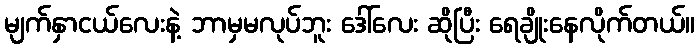
မျက်နှာငယ်လေးနဲ့ ဘာမှမလုပ်ဘူး ဒေါ်လေး ဆိုပြီး ရေချိုးနေလိုက်တယ်။